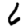
Digit: 6